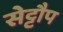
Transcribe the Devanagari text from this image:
सेट्टौप